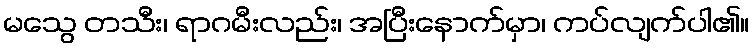
မသွေ တသီး၊ ရာဂမီးလည်း၊ အပြီးနောက်မှာ၊ ကပ်လျက်ပါ၏။